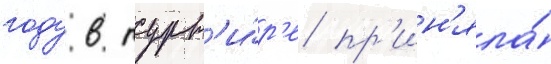
году в турн'и́р'е пр'ин'яла́